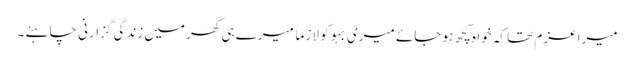
میرا عزم تھا کہ خوا ہ کچھ ہو جائے میری بہو کو لازماً میرے ہی گھر میں زندگی گزارنی چاہئے ۔